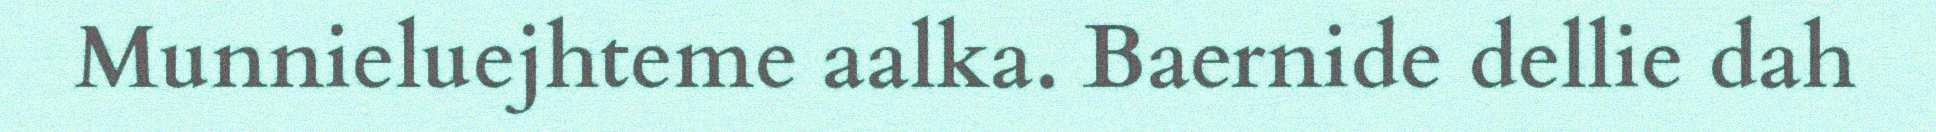
Munnieluejhteme aalka. Baernide dellie dah